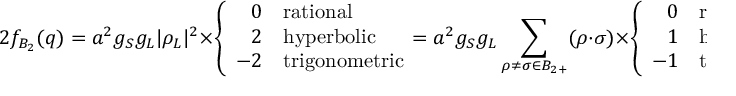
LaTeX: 2 f _ { B _ { 2 } } ( q ) = a ^ { 2 } g _ { S } g _ { L } | \rho _ { L } | ^ { 2 } \times \left\{ \begin{array} { r l } { { 0 } } & { { \mathrm { r a t i o n a l } } } \\ { { 2 } } & { { \mathrm { h y p e r b o l i c } } } \\ { { - 2 } } & { { \mathrm { t r i g o n o m e t r i c } } } \end{array} \right. \! \! \! = a ^ { 2 } g _ { S } g _ { L } \sum _ { \rho \neq \sigma \in B _ { 2 + } } ( \rho \cdot \sigma ) \times \left\{ \begin{array} { r l } { { 0 } } & { { \mathrm { r a t i o n a l } } } \\ { { 1 } } & { { \mathrm { h y p e r b o l i c } } } \\ { { - 1 } } & { { \mathrm { t r i g o n o m e t r i c } } } \end{array} \right.